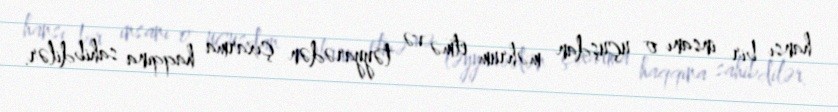
hansı bir insanı o uçuşdan məhrum etmə və təyyarədən çıxarma haqqına sahibdilər.